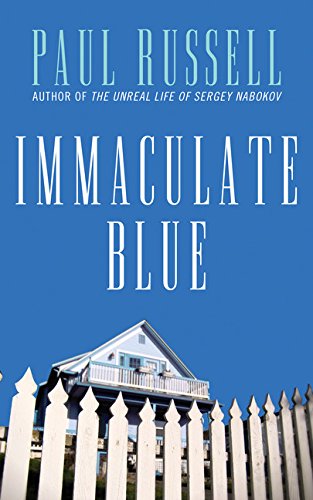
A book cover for Immaculate Blue: A Novel; Paul Russell; Romance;